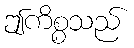
ဤကိစ္စသည်